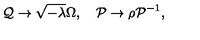
{ \cal Q } \rightarrow \sqrt { - \lambda } \Omega , \quad { \cal P } \rightarrow \rho { \cal P } ^ { - 1 } ,